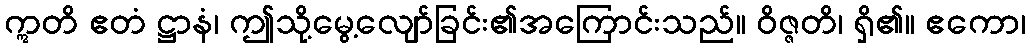
ဣတိ ဧတံ ဋ္ဌာနံ၊ ဤသို့မွေ့လျော်ခြင်း၏အကြောင်းသည်။ ဝိဇ္ဇတိ၊ ရှိ၏။ ဧကော၊